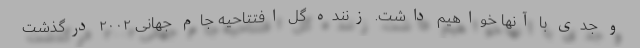
و جدی با آنها خواهیم داشت. زننده گل افتتاحیه جام جهانی ۲۰۰۲ درگذشت